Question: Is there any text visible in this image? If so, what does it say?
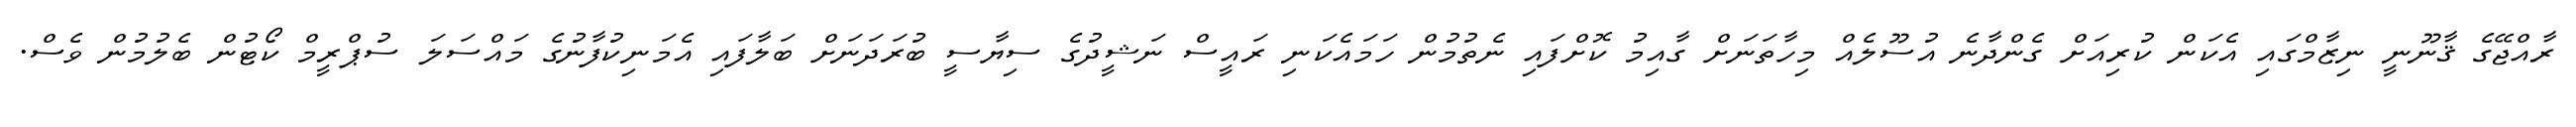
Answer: ރާއްޖޭގެ ޤާނޫނީ ނިޒާމްގައި އެކަން ކުރިއަށް ގެންދާނެ އުސޫލެއް މިހާތަނަށް ގާއިމު ކޮށްފައި ނެތުމުން ހަމައެކަނި ރައީސް ނަޝީދުގެ ސިޔާސީ ބުރަދަނަށް ބަލާފައި އެމަނިކުފާނުގެ މައްސަލަ ސުޕްރީމް ކޯޓުން ބެލުމުން ވެސް.